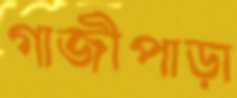
গাজীপাড়া